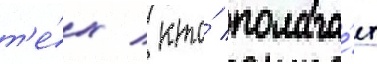
т'е́х / кто́ полага́ет